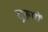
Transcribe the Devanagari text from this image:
तुरुपों